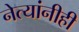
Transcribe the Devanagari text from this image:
नेत्यांनीही